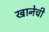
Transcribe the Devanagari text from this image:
खानेची